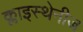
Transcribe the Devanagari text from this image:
क्लाइस्थेनीज